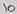
Text: 10